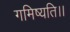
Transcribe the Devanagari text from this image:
गमिष्यति।।